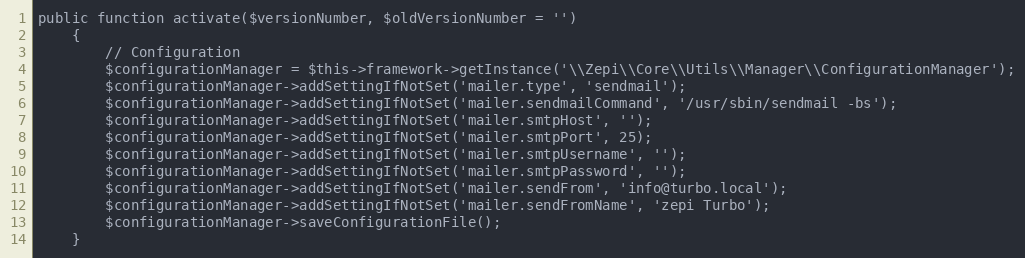
Language: PHP
public function activate($versionNumber, $oldVersionNumber = '')
    {
        // Configuration
        $configurationManager = $this->framework->getInstance('\\Zepi\\Core\\Utils\\Manager\\ConfigurationManager');
        $configurationManager->addSettingIfNotSet('mailer.type', 'sendmail');
        $configurationManager->addSettingIfNotSet('mailer.sendmailCommand', '/usr/sbin/sendmail -bs');
        $configurationManager->addSettingIfNotSet('mailer.smtpHost', '');
        $configurationManager->addSettingIfNotSet('mailer.smtpPort', 25);
        $configurationManager->addSettingIfNotSet('mailer.smtpUsername', '');
        $configurationManager->addSettingIfNotSet('mailer.smtpPassword', '');
        $configurationManager->addSettingIfNotSet('mailer.sendFrom', 'info@turbo.local');
        $configurationManager->addSettingIfNotSet('mailer.sendFromName', 'zepi Turbo');
        $configurationManager->saveConfigurationFile();
    }